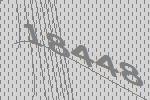
18448